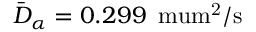
\bar { D } _ { \alpha } = 0 . 2 9 9 \, \mathrm { { \ m u m ^ { 2 } / s } }